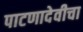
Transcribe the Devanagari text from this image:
पाटणादेवीचा